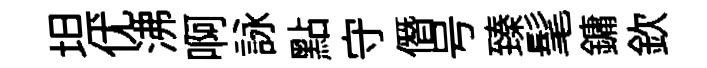
坦优沸啊詠點守僭号臻髦鏞欽